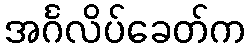
အင်္ဂလိပ်ခေတ်က